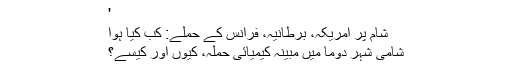
'
شام پر امریکہ، برطانیہ، فرانس کے حملے: کب کیا ہوا
شامی شہر دوما میں مبینہ کیمیائی حملہ، کیوں اور کیسے؟